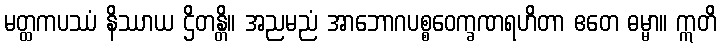
မတ္ထကပဿံ နိဿာယ ဌိတန္တိ။ အညမညံ အာဘောဂပစ္စဝေက္ခဏရဟိတာ ဧတေ ဓမ္မာ။ ဣတိ